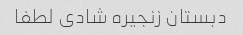
دبستان زنجیره شادی لطفا